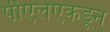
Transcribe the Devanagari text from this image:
पीएलएकडून